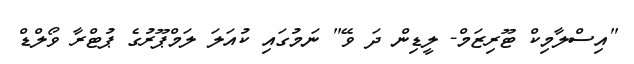
"އިސްލާމިކް ޓޫރިޒަމް- ލީޑިން ދަ ވޭ" ނަމުގައި ކުއަލަ ލަމްޕޫރުގެ ޕުޓްރާ ވޯލްޑް